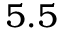
5 . 5